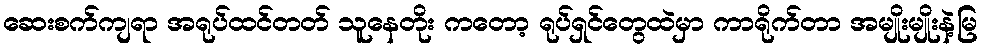
ဆေးစက်ကျရာ အရုပ်ထင်တတ် သူနေတိုး ကတော့ ရုပ်ရှင်တွေထဲမှာ ကာရိုက်တာ အမျိုးမျိုးနဲ့မြ